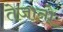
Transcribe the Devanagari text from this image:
तेजानो